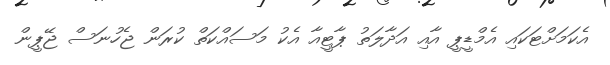
އެކަމަށްޓަކައި އެމްޑީޕީ އާއި އަދާލަތު ޕާޓީއާ އެކު މަސައްކަތް ކުރަން ޖެހުނަސް ޖޭޕީން